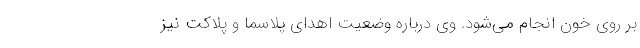
بر روی خون انجام می‌شود. وی درباره وضعیت اهدای پلاسما و پلاکت نیز